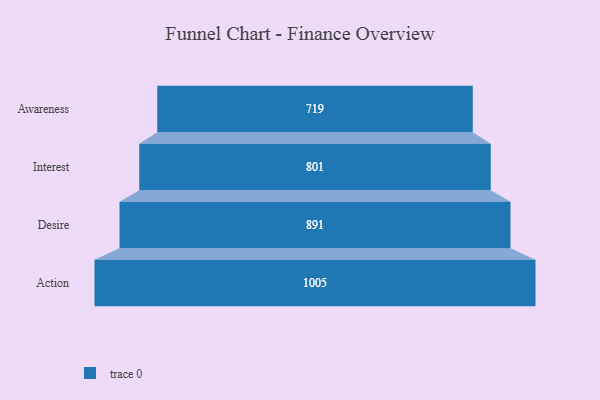
{"axis": {"x": "Stage", "y": "Value"}, "legend": [""], "data": [{"x": "Awareness", "y": 719.0, "type": ""}, {"x": "Interest", "y": 801.0, "type": ""}, {"x": "Desire", "y": 891.0, "type": ""}, {"x": "Action", "y": 1005.0, "type": ""}]}